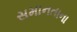
સમાનતાના